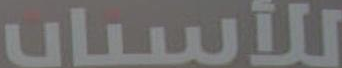
للأسباب